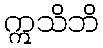
ဣသိဘိ